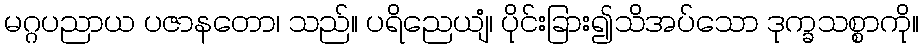
မဂ္ဂပညာယ ပဇာနတော၊ သည်။ ပရိညေယျံ၊ ပိုင်းခြား၍သိအပ်သော ဒုက္ခသစ္စာကို။